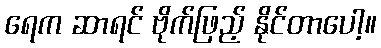
ရေက ဆာရင် ဗိုက်ဖြည့် နိုင်တာပေါ့။